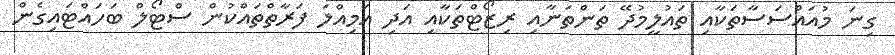
ގިނަ މުއައްސަސާތަކާއި ތައުލީމުދޭ ތަންތަނާއި ރިޒޯޓްތަކާއި އަދި އަމިއްލަ ފަރާތްތައްކުން ސްޓޯލް ބަހައްޓައިގެން